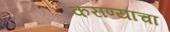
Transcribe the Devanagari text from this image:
कराण्याचा